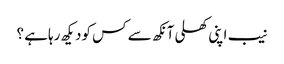
نیب اپنی کھلی آنکھ سے کس کودیکھ رہاہے ؟